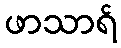
ဖာသာရ်